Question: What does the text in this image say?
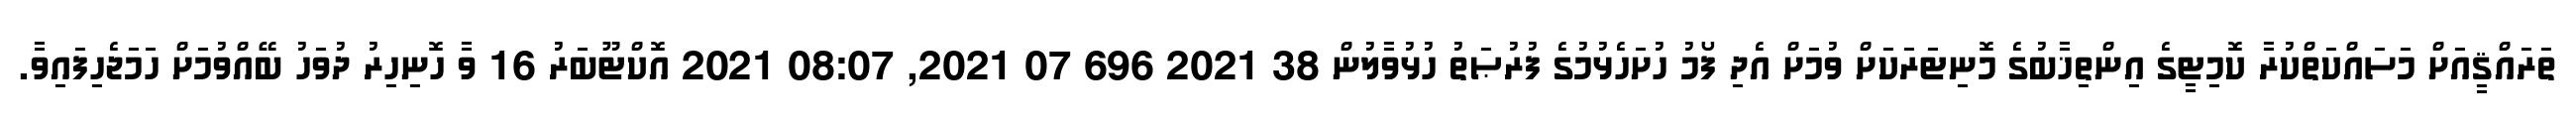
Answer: ތަރައްޤީއަށް މަސައްކަތްކުރާ ކޮމިޓީގެ އިންތިޚާބުގެ މޮނިޓަރަކަށް ވުމަށް އެދި ފޯމު ހުށަހެޅުމުގެ ފުރުޞަތު ހުޅުވާލުން 38 2021 696 07 2021, 08:07 2021 އޮކްޓޫބަރު 16 ވާ ހޮނިހިރު ދުވަހު ބޭއްވުމަށް ހަމަޖެހިފައިވާ.